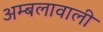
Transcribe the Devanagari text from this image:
अम्बलावाली